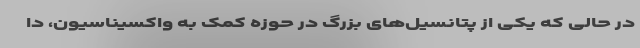
در حالی که یکی از پتانسیل‌های بزرگ در حوزه کمک به واکسیناسیون، دا